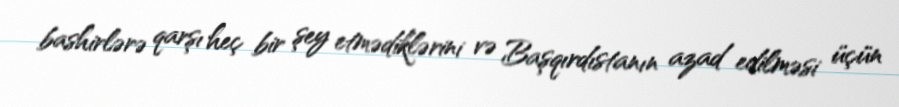
bashirlərə qarşı heç bir şey etmədiklərini və Başqırdıstanın azad edilməsi üçün